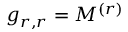
g _ { r , r } = M ^ { ( r ) }